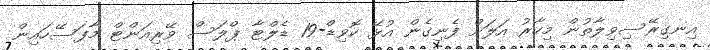
އިނގިރޭސިވިލާތުން މިހާރު އަލަށް ފެނިގެން އުޅޭ ކޮވިޑް-19 ޑެލްޓާ ޕްލަސް ވޭރިއަންޓް މާފަސޭހައިން